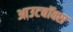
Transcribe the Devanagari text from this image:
आउटबॉक्स